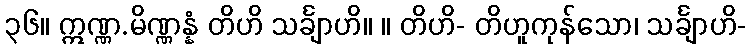
၃၆။ ဣဏ္ဏ.မိဏ္ဏန္နံ တိဟိ သင်္ချာဟိ။ ။ တိဟိ- တိဟူကုန်သော၊ သင်္ချာဟိ-